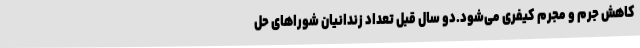
کاهش جرم و مجرم کیفری می‌شود.دو سال قبل تعداد زندانیان شوراهای حل